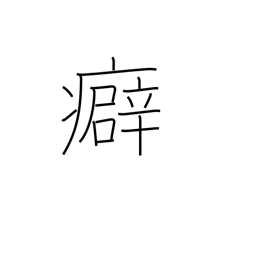
Meaning: kink